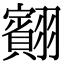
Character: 䎙